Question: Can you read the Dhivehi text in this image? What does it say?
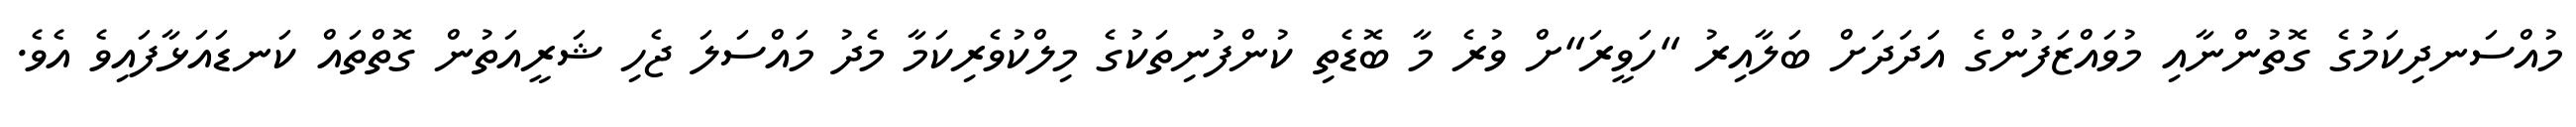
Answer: މުއްސަނދިކަމުގެ ގޮތުންނާއި މުވައްޒަފުންގެ އަދަދަށް ބަލާއިރު "ހަވީރަ"ށް ވުރެ މާ ބޮޑެތި ކުންފުނިތަކުގެ މިލްކުވެރިކަމާ މެދު މައްސަލަ ޖެހި ޝަރީއަތުން ގޮތްތައް ކަނޑައަޅާފައިވެ އެވެ.